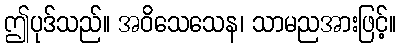
ဤပုဒ်သည်။ အဝိသေသေန၊ သာမညအားဖြင့်။